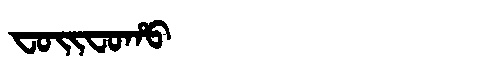
Manchu: ᠸᠣᡳᠸᠣᡥᠣ
Romanization: FOIFOHO